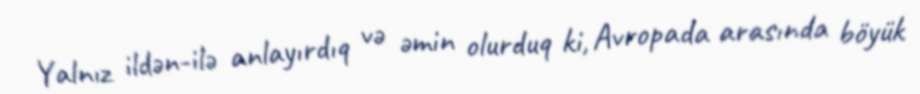
Yalnız ildən-ilə anlayırdıq və əmin olurduq ki, Avropada arasında böyük